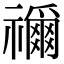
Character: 𮂢